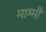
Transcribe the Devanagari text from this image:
माम्मी